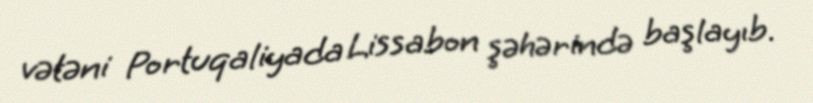
vətəni Portuqaliyada Lissabon şəhərində başlayıb.